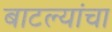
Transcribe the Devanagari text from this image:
बाटल्यांचा